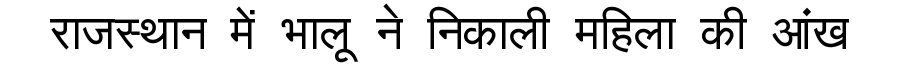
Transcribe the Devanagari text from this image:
राजस्थान में भालू ने निकाली महिला की आंख